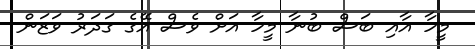
މީހާ އާއި ބަސް ބުނާ މީހާ އަށް ވެސް އޭގެ ގަދަރު ވަޒަން